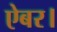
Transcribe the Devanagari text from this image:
ऐबर।